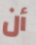
أن